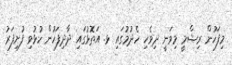
މިފަހުން ރިޝްމީ މިވަނީ ދިވެހި ހެދުމުގައި ޅ. އަތޮޅުގައި ދާދިފަހުން ހުޅުވި ފުށިފަރު